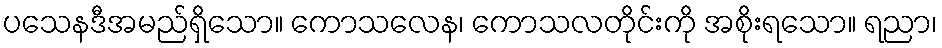
ပသေနဒီအမည်ရှိသော။ ကောသလေန၊ ကောသလတိုင်းကို အစိုးရသော။ ရညာ၊